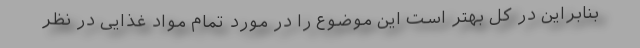
بنابراین در کل بهتر است این موضوع را در مورد تمام مواد غذایی در نظر